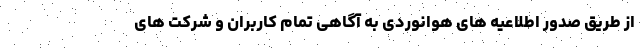
از طریق صدور اطلاعیه های هوانوردی به آگاهی تمام کاربران و شرکت های